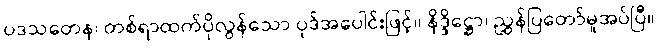
ပဒသတေန၊ တစ်ရာထက်ပိုလွန်သော ပုဒ်အပေါင်းဖြင့်။ နိဒ္ဒိဋ္ဌော၊ ညွှန်ပြတော်မူအပ်ပြီ။